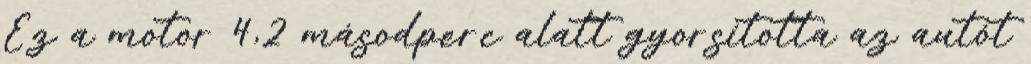
Ez a motor 4,2 másodperc alatt gyorsította az autót